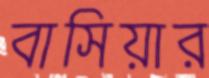
বাসিয়ার